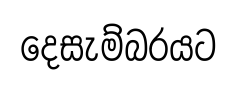
දෙසැම්බරයට